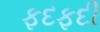
ફદફદી